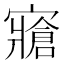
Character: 𱚚